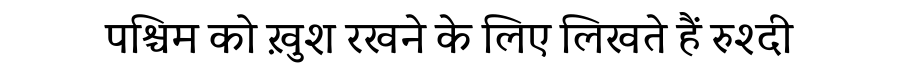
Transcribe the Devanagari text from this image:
पश्चिम को ख़ुश रखने के लिए लिखते हैं रुश्दी